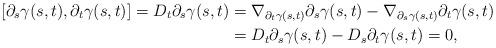
LaTeX: \begin{align*}[\partial_s\gamma(s,t),\partial_t\gamma(s,t)]=D_t\partial_s \gamma(s,t)&=\nabla_{\partial_t\gamma(s,t)}\partial_s\gamma(s,t)-\nabla_{\partial_s\gamma(s,t)}\partial_t\gamma(s,t)\\&=D_t\partial_s \gamma(s,t)-D_s\partial_t \gamma(s,t)=0,\end{align*}